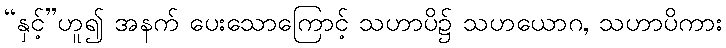
“နှင့်”ဟူ၍ အနက် ပေးသောကြောင့် သဟာပိ၌ သဟယောဂ, သဟာပိကား